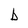
Character: b